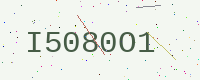
Text: I5080O1